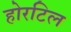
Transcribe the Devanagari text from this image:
होरटिल